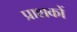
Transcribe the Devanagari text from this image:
प्राशकों